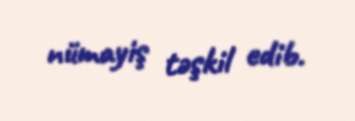
nümayiş təşkil edib.